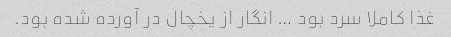
غذا کاملا سرد بود … انگار از یخچال در آورده شده بود.